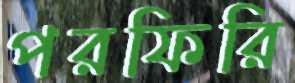
পরফিরি